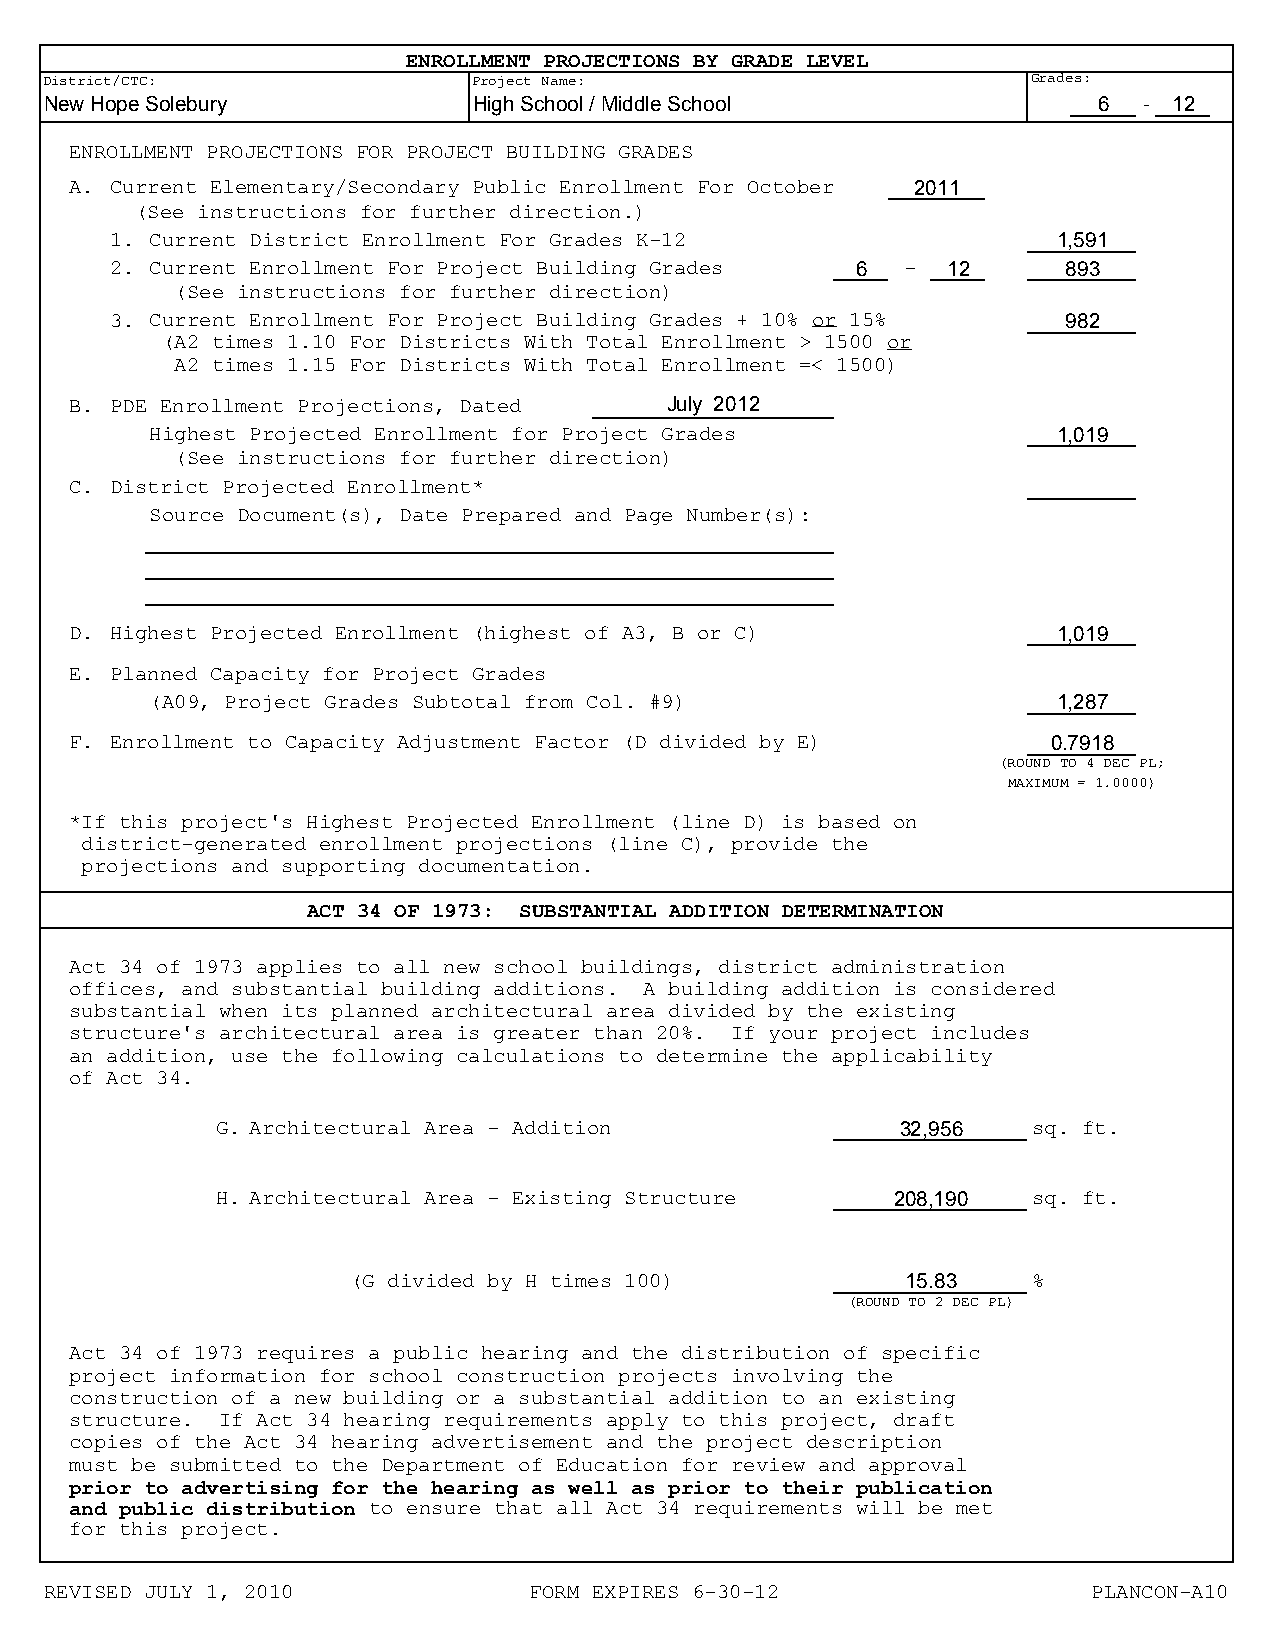
ENROLLMENT PROJECTIONS BY GRADE LEVEL
 District/CTC:               Project Name:                        Grades:
 New Hope Solebury           High School / Middle School               6  - 12
 ENROLLMENT PROJECTIONS FOR PROJECT BUILDING GRADES
 A. Current Elementary/Secondary Public Enrollment For October 2011
 (See instructions for further direction.)
 1. Current District Enrollment For Grades K-12                 1,591
 2. Current Enrollment For Project Building Grades 6  -  12      893
 (See instructions for further direction)
 3. Current Enrollment For Project Building Grades + 10% or 15%  982
 (A2 times 1.10 For Districts With Total Enrollment > 1500 or
 A2 times 1.15 For Districts With Total Enrollment =< 1500)
 July 2012
 B. PDE Enrollment Projections, Dated
 Highest Projected Enrollment for Project Grades             1,019
 (See instructions for further direction)
 C. District Projected Enrollment*
 Source Document(s), Date Prepared and Page Number(s):
 D. Highest Projected Enrollment (highest of A3, B or C)          1,019
 E. Planned Capacity for Project Grades
 (A09, Project Grades Subtotal from Col. #9)                 1,287
 F. Enrollment to Capacity Adjustment Factor (D divided by E)     0.7918
 (ROUND TO 4 DEC PL;
 MAXIMUM = 1.0000)
 *If this project's Highest Projected Enrollment (line D) is based on
 district-generated enrollment projections (line C), provide the
 projections and supporting documentation.
 ACT 34 OF 1973: SUBSTANTIAL ADDITION DETERMINATION
 Act 34 of 1973 applies to all new school buildings, district administration
 offices, and substantial building additions. A building addition is considered
 substantial when its planned architectural area divided by the existing
 structure's architectural area is greater than 20%. If your project includes
 an addition, use the following calculations to determine the applicability
 of Act 34.
 G. Architectural Area - Addition              32,956  sq. ft.
 H. Architectural Area - Existing Structure   208,190  sq. ft.
 (G divided by H times 100)           15.83   %
 (ROUND TO 2 DEC PL)
 Act 34 of 1973 requires a public hearing and the distribution of specific
 project information for school construction projects involving the
 construction of a new building or a substantial addition to an existing
 structure. If Act 34 hearing requirements apply to this project, draft
 copies of the Act 34 hearing advertisement and the project description
 must be submitted to the Department of Education for review and approval
 prior to advertising for the hearing as well as prior to their publication
 and public distribution to ensure that all Act 34 requirements will be met
 for this project.
 REVISED JULY 1, 2010            FORM EXPIRES 6-30-12                 PLANCON-A10